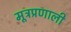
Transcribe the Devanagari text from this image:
मूत्रप्रणाली